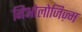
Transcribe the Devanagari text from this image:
निओलोजिज़्म